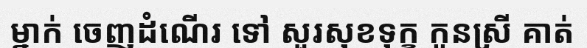
ម្នាក់ ចេញដំណើរ ទៅ សួរសុខទុក្ខ កូនស្រី គាត់